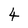
Character: 4